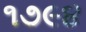
૧૭૯૪